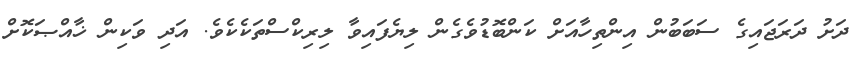
ދަށު ދަރަޖައިގެ ސަބަބުން އިންތިހާއަށް ކަންބޮޑުވެގެން ލިޔެފައިވާ ލިރިކްސްތަކެކެވެ. އަދި ވަކިން ޚާއްޞަކޮށް